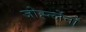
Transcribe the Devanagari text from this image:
जोह्न्लेंनों